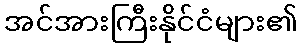
အင်အားကြီးနိုင်ငံများ၏